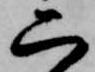
二